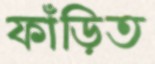
ফাঁড়িত